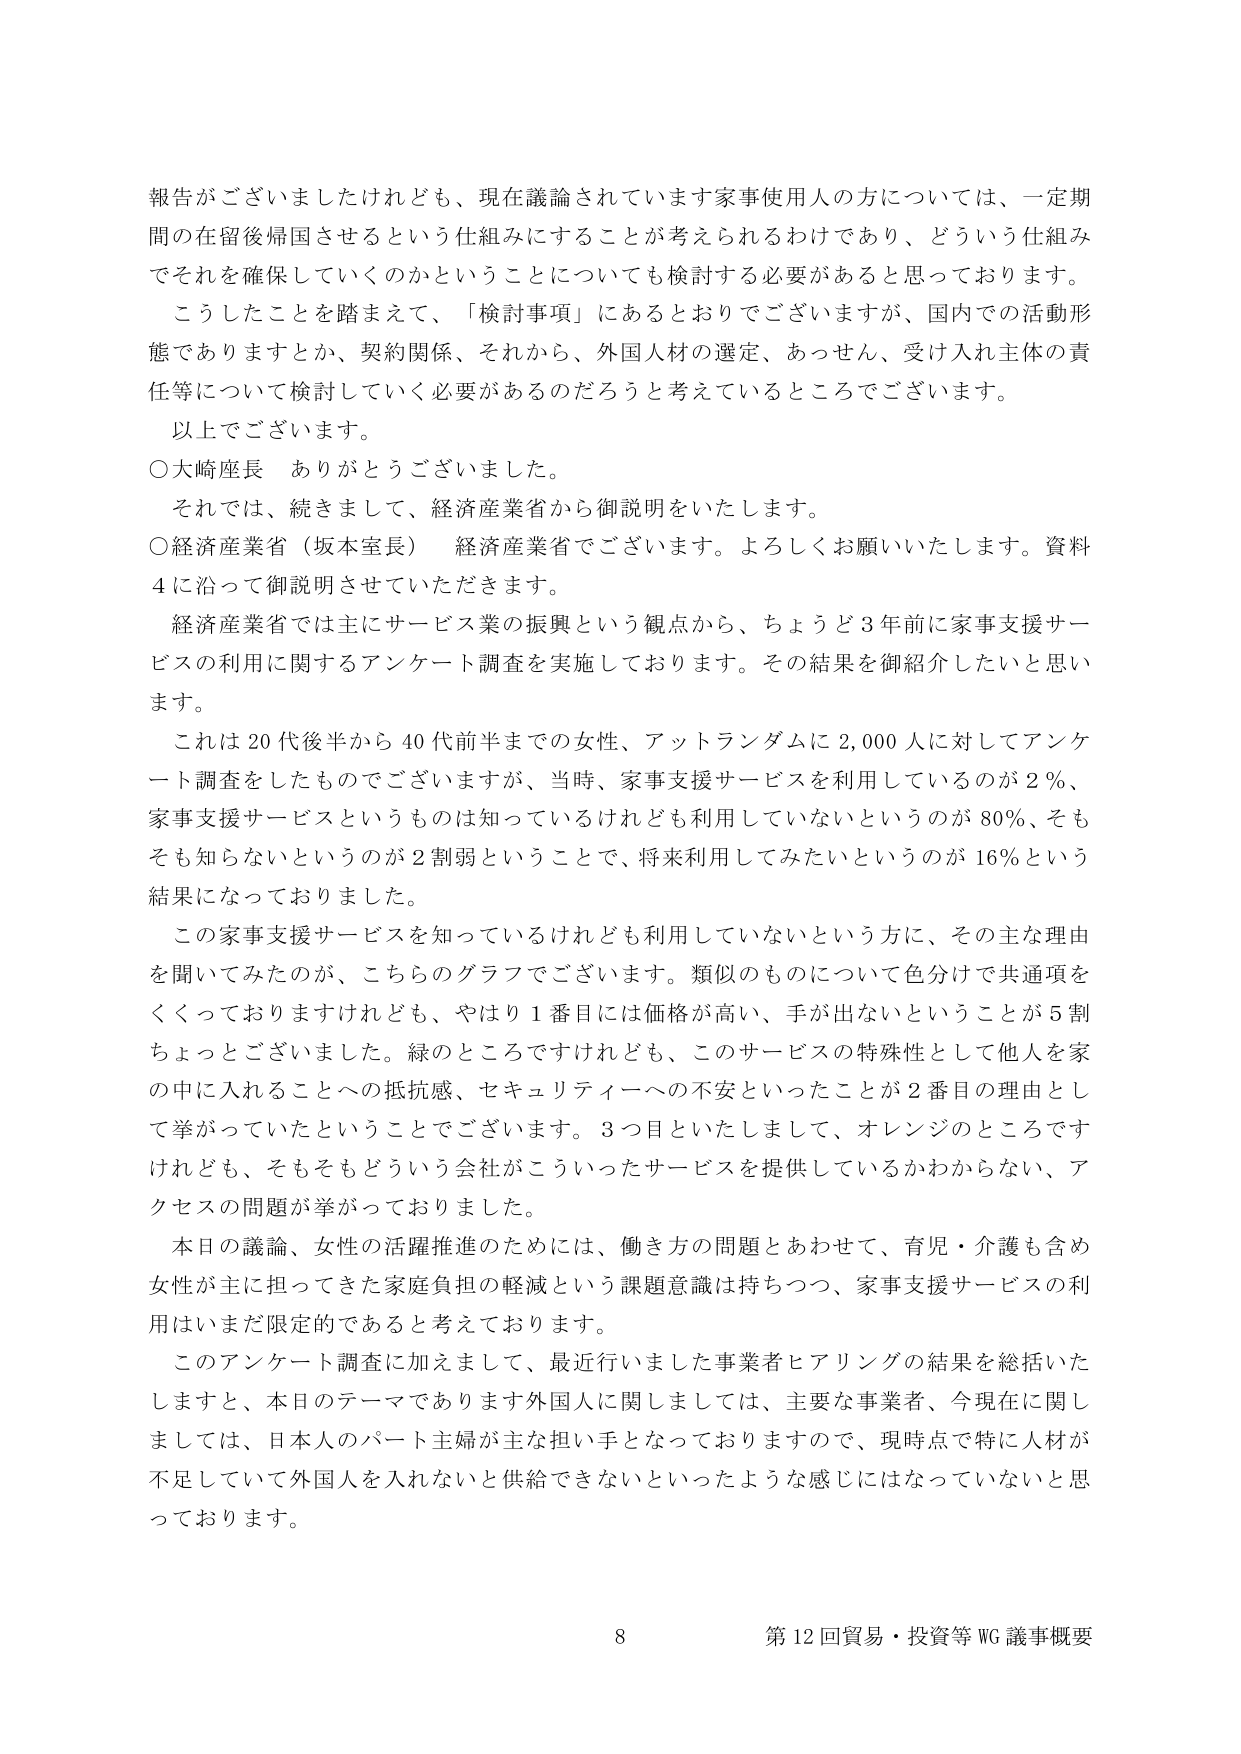
報告がございましたけれども、現在議論されています家事使用人の方については、一定期間の在留後帰国させるという仕組みにすることが考えられるわけであり、どういう仕組みでそれを確保していくのかということについても検討する必要があると思っております。

こうしたことを踏まえて、「検討事項」にあるとおりでございますが、国内での活動形態でありますとか、契約関係、それから、外国人材の選定、あっせん、受け入れ主体の責任等について検討していく必要があるのだろうと考えているところでございます。

以上でございます。

○大崎座長　ありがとうございました。

それでは、続きまして、経済産業省から御説明をいたします。

○経済産業省（坂本室長）　経済産業省でございます。よろしくお願いいたします。資料4に沿って御説明させていただきます。

経済産業省では主にサービス業の振興という観点から、ちょうど3年前に家事支援サービスの利用に関するアンケート調査を実施しております。その結果を御紹介したいと思います。

これは20代後半から40代前半までの女性、アットランダムに2,000人に対してアンケート調査をしたものでございますが、当時、家事支援サービスを利用しているのが2％、家事支援サービスというものは知っているけれども利用していないというのが80％、そもそも知らないというのが2割弱ということで、将来利用してみたいというのが16％という結果になっておりました。

この家事支援サービスを知っているけれども利用していないという方に、その主な理由を聞いてみたのが、こちらのグラフでございます。類似のものについて色分けで共通項をくくっておりますけれども、やはり1番目には価格が高い、手が出ないということが5割ちょっとございました。緑のところですけれども、このサービスの特殊性として他人を家の中に入れるることへの抵抗感、セキュリティへの不安といったことが2番目の理由として挙がっていたということでございます。3つ目といたしまして、オレンジのところですけれども、そもそもどういう会社がこういったサービスを提供しているかわからない、アクセスの問題が挙がっておりました。

本日の議論、女性の活躍推進のためには、働き方の問題とあわせて、育児・介護も含め女性が主に担ってきた家庭負担の軽減という課題意識は持ちつつ、家事支援サービスの利用はいまだ限定的であると考えております。

このアンケート調査に加えまして、最近行いました事業者ヒアリングの結果を総括いたしますと、本日のテーマであります外国人に関しましては、主要な事業者、今現在に関しましては、日本人のパート主婦が主な担い手となっておりますので、現時点で特に人材が不足していて外国人を入れないと供給できないといったような感じにはなっていないと思っております。

8 第12回貿易・投資等WG議事概要